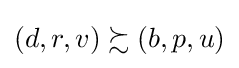
\left(d,r,v\right)\succsim \left(b,p,u\right)